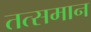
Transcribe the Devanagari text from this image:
तत्समान